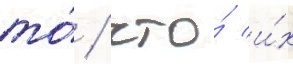
то́ / что́ и́х